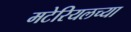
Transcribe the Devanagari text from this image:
मटेरियलच्या